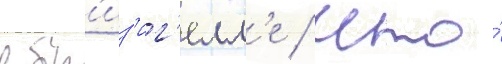
в бр'из'иг'елл'е / что́